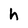
Character: h